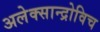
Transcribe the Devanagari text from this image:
अलेक्सान्द्रोविच